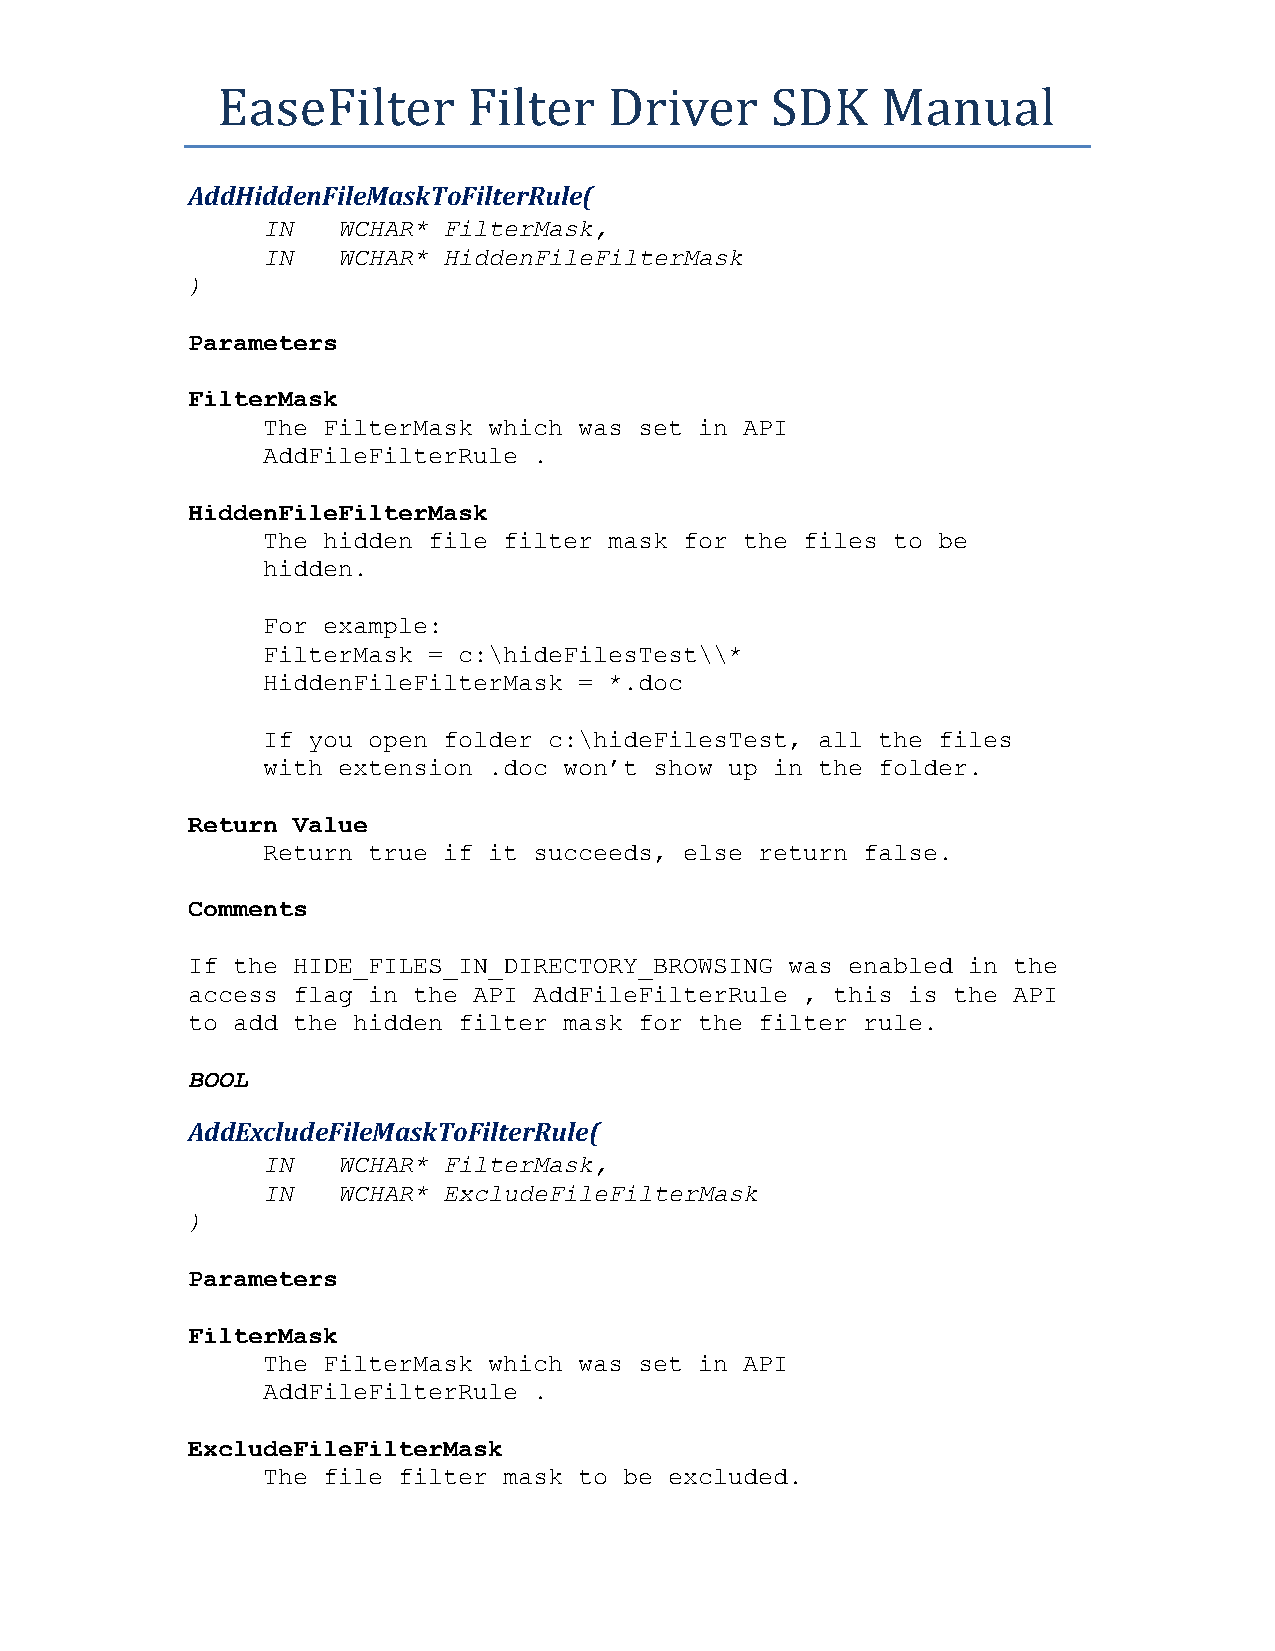
EaseFilter       Filter   Driver     SDK    Manual
 AddHiddenFileMaskToFilterRule(
 IN   WCHAR* FilterMask,
 IN   WCHAR* HiddenFileFilterMask
 )
 Parameters
 FilterMask
 The FilterMask which was set in API
 AddFileFilterRule .
 HiddenFileFilterMask
 The hidden file filter mask for the files to be
 hidden.
 For example:
 FilterMask = c:\hideFilesTest\\*
 HiddenFileFilterMask = *.doc
 If you open folder c:\hideFilesTest, all the files
 with extension .doc won’t show up in the folder.
 Return Value
 Return true if it succeeds, else return false.
 Comments
 If the HIDE_FILES_IN_DIRECTORY_BROWSING was enabled in the
 access flag in the API AddFileFilterRule , this is the API
 to add the hidden filter mask for the filter rule.
 BOOL
 AddExcludeFileMaskToFilterRule(
 IN   WCHAR* FilterMask,
 IN   WCHAR* ExcludeFileFilterMask
 )
 Parameters
 FilterMask
 The FilterMask which was set in API
 AddFileFilterRule .
 ExcludeFileFilterMask
 The file filter mask to be excluded.